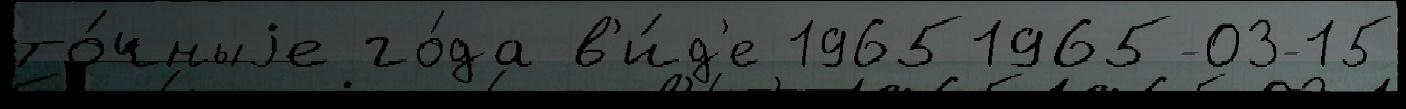
то́чныjе го́да в'и́д'е 19651965-03-15